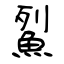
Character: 鮤